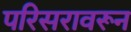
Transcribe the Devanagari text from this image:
परिसरावरून